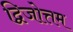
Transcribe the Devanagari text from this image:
द्विजोत्तम